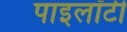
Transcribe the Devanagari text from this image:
पाइलॉटी